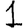
Digit: 1